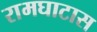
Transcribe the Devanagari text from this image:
रामघाटास